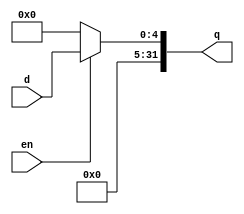
module zeroer(d,en,q);
input en;
input [4:0] d;
output [31:0] q;
assign q[4:0]= (en) ? d : 0;
assign q [31:05] = 0;
endmodule